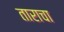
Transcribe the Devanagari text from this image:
ताराचा